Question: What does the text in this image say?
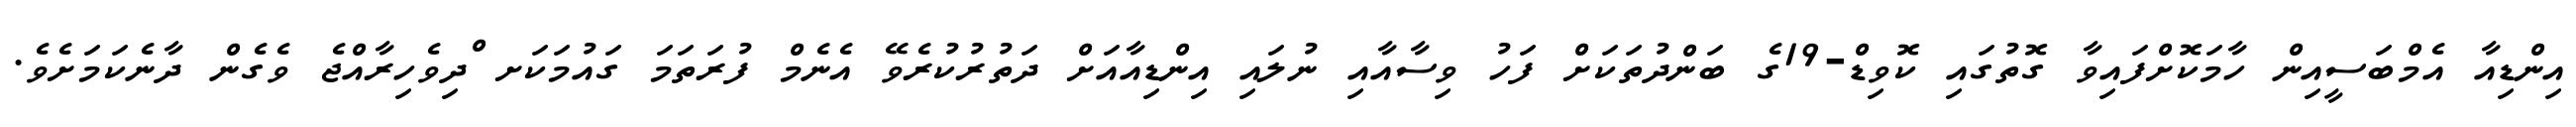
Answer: އިންޑިއާ އެމްބަސީއިން ހާމަކޮށްފައިވާ ގޮތުގައި ކޮވިޑް-19ގެ ބަންދުތަކަށް ފަހު ވިސާއާއި ނުލައި އިންޑިއާއަށް ދަތުރުކުރެވޭ އެނެމް ފުރަތަމަ ގައުމަކަށ ްދިވެހިރާއްޖެ ވެގެން ދާނެކަމަށެވެ.